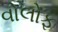
વોલોફ